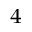
^ { 4 }